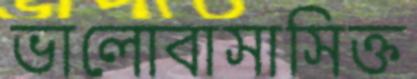
ভালোবাসাসিক্ত